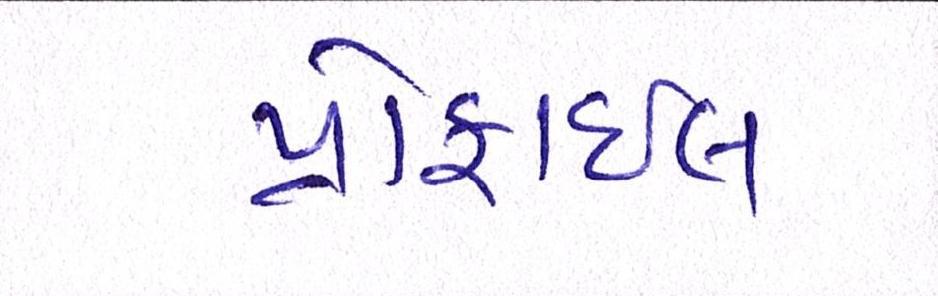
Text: પ્રોફાઇલ